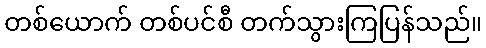
တစ်ယောက် တစ်ပင်စီ တက်သွားကြပြန်သည်။